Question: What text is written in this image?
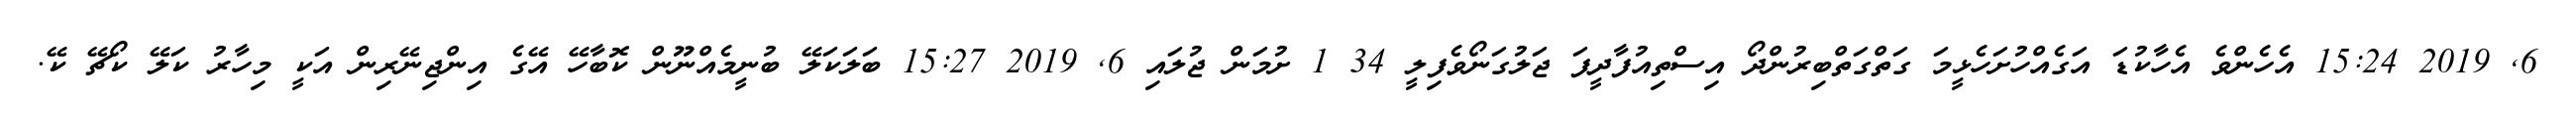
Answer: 6, 2019 15:24 އެހެންވެ އެހާކުޑަ އަގެއްހުށަހެޅީމަ ގަތްގަތްބިރުންދޯ އިސްތިއުފާދީފަ ޖަލުގަނޯވެފިލީ 34 1 ށުމަން ޖުލައި 6, 2019 15:27 ބަލަކަލޭ ބުނީމެއްނޫން ކޮބާހޭ އޭގެ އިންޖިނޭރިން އަކީ މިހާރު ކަލޭ ކޯޗޭ ކޭ.